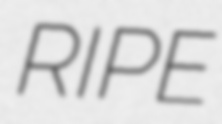
RIPE